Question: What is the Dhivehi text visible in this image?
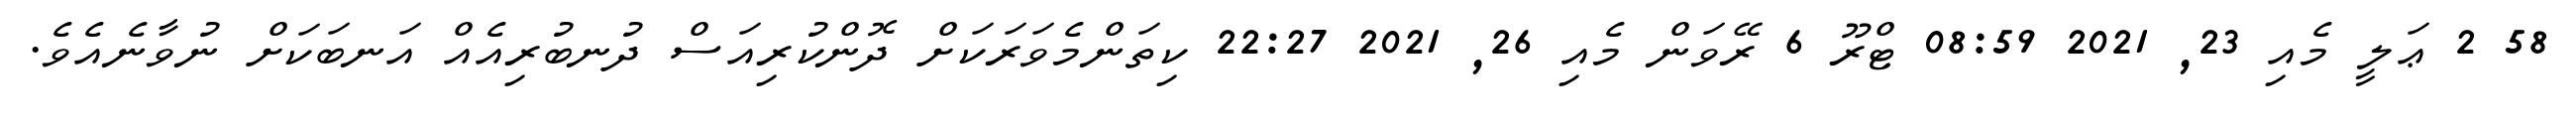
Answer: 58 2 ޢަލީ މެއި 23, 2021 08:59 ޓްރޫ 6 ރޭވަން މެއި 26, 2021 22:27 ކިތަންމެވަރަކަށް ދޮންކުރިއަސް ދުނބުރިއެއް އަނބަކަށް ނުވާނެއެވެ.